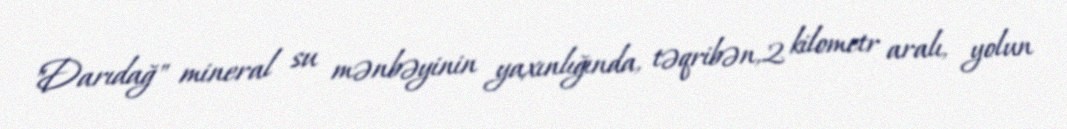
"Darıdağ" mineral su mənbəyinin yaxınlığında, təqribən,2 kilometr aralı, yolun